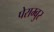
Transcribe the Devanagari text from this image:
पेराम्बुर